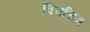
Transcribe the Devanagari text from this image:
वित्तचित्र